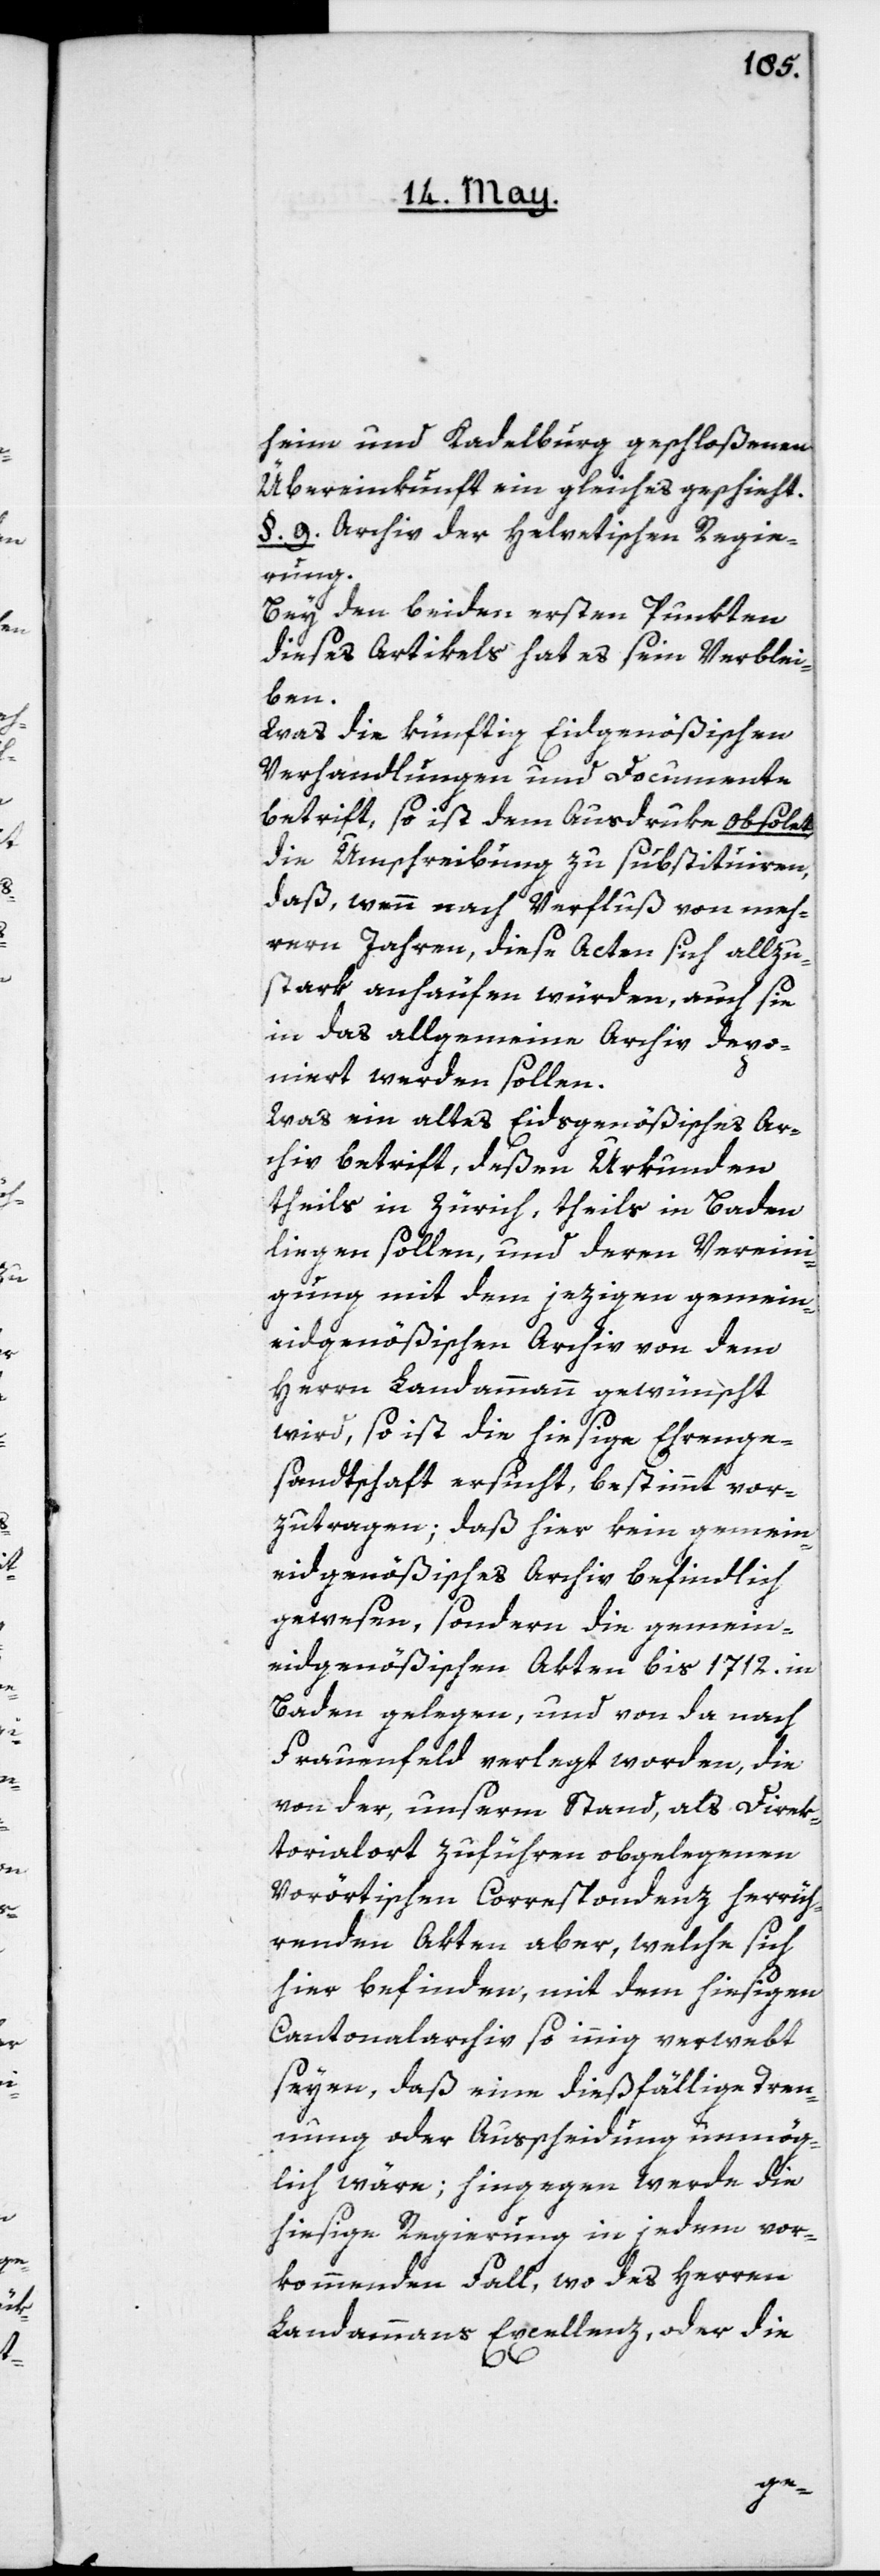
heim und Kadelburg geschloßenen
Übereinkunft ein gleiches geschieht.
§. 9. Archiv der Helvetischen Regie¬
rung.
Bey den beiden ersten Punkten
dieses Artikels hat es sein Verblei¬
ben.
Was die künftig Eidgenößischen
Verhandlungen und Documente
betrift, so ist dem Ausdruke obsolet
die Umschreibung zu substituiren,
daß, wenn nach Verfluß von meh¬
rern Jahren, diese Acten sich allzu¬
stark anhäufen würden, auch sie
in das allgemeine Archiv depo¬
niert werden sollen.
Was ein altes Eidsgenößisches Ar¬
chiv betrift, deßen Urkunden
theils in Zürich, theils in Baden
liegen sollen, und deren Vereini¬
gung mit dem jezigen gemein¬
eidgenößischen Archiv von dem
Herrn Landammann gewünscht
wird, so ist die hiesige Ehrenge¬
sandtschaft ersucht, bestimmt vor¬
zutragen, daß hier kein gemein¬
eidgenößisches Archiv befindlich
gewesen, sondern die gemein¬
eidgenößischen Akten bis 1712. in
Baden gelegen, und von da nach
Frauenfeld verlegt worden, die
von der, unserm Stand, als Direk¬
torial-Ort zuführen obgelegenen
Vorörtischen Correspondenz herrüh¬
renden Akten aber, welche sich
hier befinden, mit dem hiesigen
Cantonalarchiv so innig verwebt
seyen, daß eine dießfällige Tren¬
nung oder Ausscheidung unmög¬
lich wäre; hingegen werde die
hiesige Regierung in jedem vor¬
kommenden Fall, wo des Herren
Landammanns Excellenz, oder die